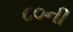
૮૦ની